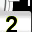
Digit: 2